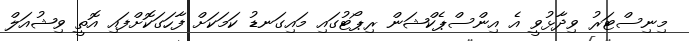
މިނިސްޓަރު ވިދާޅުވީ އެ އިންސްޕެކްޝަން ރިޕޯޓުގައި މައިގަނޑު ކަމަކަށް ފާހަގަކޮށްފައި އޮތީ ވިޝުއަލް